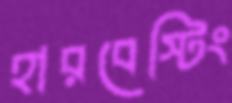
হারবেস্টিং